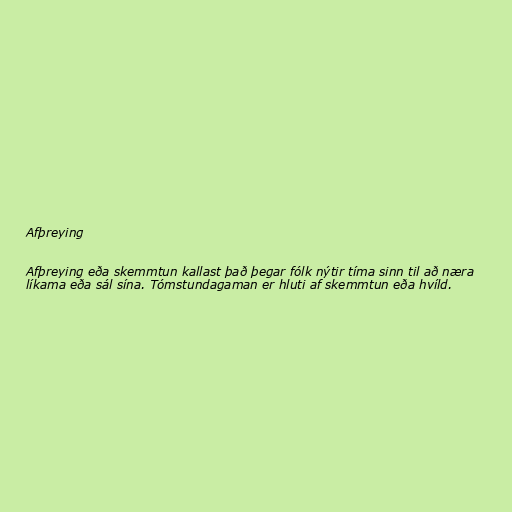
Afþreying

Afþreying eða skemmtun kallast það þegar fólk nýtir tíma sinn til að næra
líkama eða sál sína. Tómstundagaman er hluti af skemmtun eða hvíld.